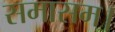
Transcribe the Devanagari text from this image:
समासम।